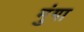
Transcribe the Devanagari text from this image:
मुंगा